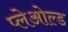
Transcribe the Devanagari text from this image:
प्लेओल्ड